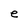
Character: e